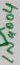
Text: IN4004